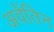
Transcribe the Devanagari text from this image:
अवेंतिन